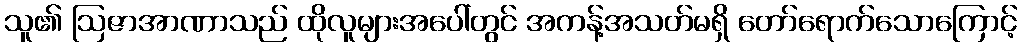
သူ၏ ဩဇာအာဏာသည် ထိုလူများအပေါ်တွင် အကန့်အသတ်မရှိ တော်ရောက်သောကြောင့်